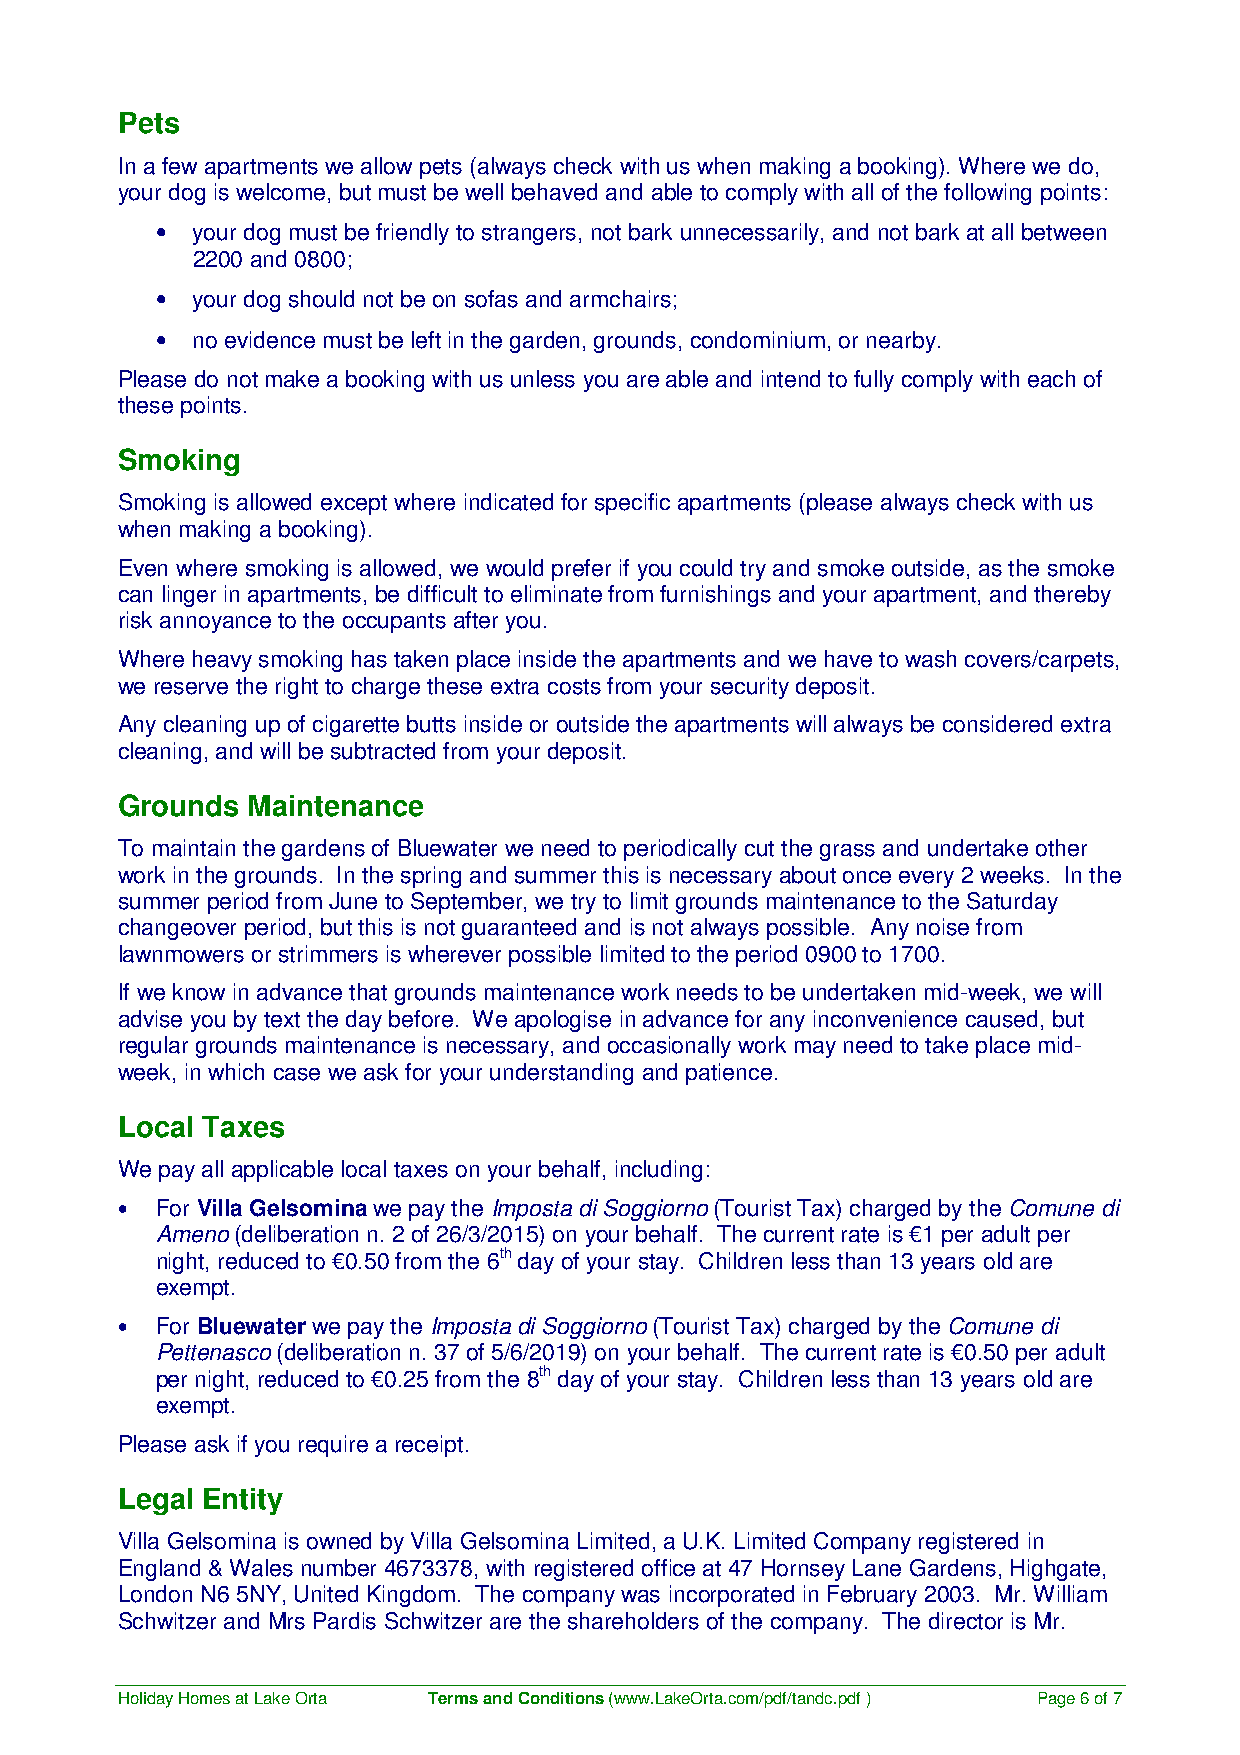
Pets
 In a few apartments we allow pets (always check with us when making a booking). Where we do,
 your dog is welcome, but must be well behaved and able to comply with all of the following points:
 •  your dog must be friendly to strangers, not bark unnecessarily, and not bark at all between
 2200 and 0800;
 •  your dog should not be on sofas and armchairs;
 •  no evidence must be left in the garden, grounds, condominium, or nearby.
 Please do not make a booking with us unless you are able and intend to fully comply with each of
 these points.
 Smoking
 Smoking is allowed except where indicated for specific apartments (please always check with us
 when making a booking).
 Even where smoking is allowed, we would prefer if you could try and smoke outside, as the smoke
 can linger in apartments, be difficult to eliminate from furnishings and your apartment, and thereby
 risk annoyance to the occupants after you.
 Where heavy smoking has taken place inside the apartments and we have to wash covers/carpets,
 we reserve the right to charge these extra costs from your security deposit.
 Any cleaning up of cigarette butts inside or outside the apartments will always be considered extra
 cleaning, and will be subtracted from your deposit.
 Grounds Maintenance
 To maintain the gardens of Bluewater we need to periodically cut the grass and undertake other
 work in the grounds. In the spring and summer this is necessary about once every 2 weeks. In the
 summer period from June to September, we try to limit grounds maintenance to the Saturday
 changeover period, but this is not guaranteed and is not always possible. Any noise from
 lawnmowers or strimmers is wherever possible limited to the period 0900 to 1700.
 If we know in advance that grounds maintenance work needs to be undertaken mid-week, we will
 advise you by text the day before. We apologise in advance for any inconvenience caused, but
 regular grounds maintenance is necessary, and occasionally work may need to take place mid-
 week, in which case we ask for your understanding and patience.
 Local Taxes
 We pay all applicable local taxes on your behalf, including:
 • For Villa Gelsomina we pay the Imposta di Soggiorno (Tourist Tax) charged by the Comune di
 Ameno (deliberation n. 2 of 26/3/2015) on your behalf. The current rate is €1 per adult per
 night, reduced to €0.50 from the 6th day of your stay. Children less than 13 years old are
 exempt.
 • For Bluewater we pay the Imposta di Soggiorno (Tourist Tax) charged by the Comune di
 Pettenasco (deliberation n. 37 of 5/6/2019) on your behalf. The current rate is €0.50 per adult
 per night, reduced to €0.25 from the 8th day of your stay. Children less than 13 years old are
 exempt.
 Please ask if you require a receipt.
 Legal Entity
 Villa Gelsomina is owned by Villa Gelsomina Limited, a U.K. Limited Company registered in
 England & Wales number 4673378, with registered office at 47 Hornsey Lane Gardens, Highgate,
 London N6 5NY, United Kingdom. The company was incorporated in February 2003. Mr. William
 Schwitzer and Mrs Pardis Schwitzer are the shareholders of the company. The director is Mr.
 Holiday Homes at Lake Orta Terms and Conditions (www.LakeOrta.com/pdf/tandc.pdf ) Page 6 of 7